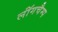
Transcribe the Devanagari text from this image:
लॉंगचैम्प